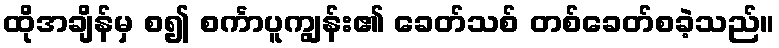
ထိုအချိန်မှ စ၍ စင်္ကာပူကျွန်း၏ ခေတ်သစ် တစ်ခေတ်စခဲ့သည်။